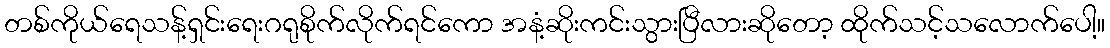
တစ်ကိုယ်ရေသန့်ရှင်းရေးဂရုစိုက်လိုက်ရင်ကော အနံ့ဆိုးကင်းသွားပြီလားဆိုတော့ ထိုက်သင့်သလောက်ပေါ့။